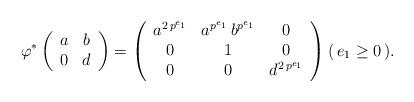
LaTeX: \begin{align*}\varphi^*\left(\begin{array}{c c} a & b \\ 0 & d \end{array}\right) & = \left(\begin{array}{c c c} a^{2 \, p^{e_1}} & a^{p^{e_1}} \, b^{p^{e_1}} & 0 \\ 0 & 1 & 0 \\ 0 & 0 & d^{ 2 \, p^{e_1}} \end{array} \right) ( \, e_1 \geq 0 \, ) . \end{align*}